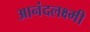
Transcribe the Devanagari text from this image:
आनंदलक्ष्मी